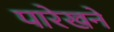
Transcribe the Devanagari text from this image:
पारेखने